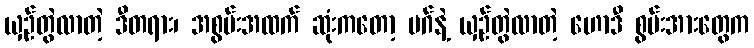
ယှဉ်တွဲလာတဲ့ ဒီတရား၊ အစွမ်းအထက် ဆုံးကတော့ မဂ်နဲ့ ယှဉ်တွဲလာတဲ့ ဟောဒီ စွမ်းအားတွေက